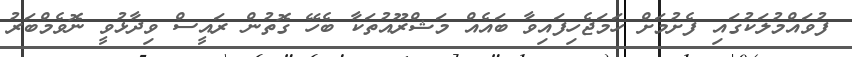
ފުވައްމުލަކުގައި ފެށުމަށް ހަމަޖެހިފައިވާ ބައެއް މަޝްރޫއުތަކާ ބެހޭ ގޮތުން ރައީސް ވިދާޅުވީ ނޮވެމްބަރު